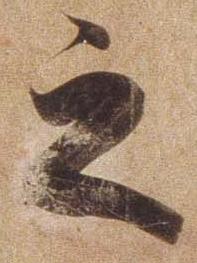
之